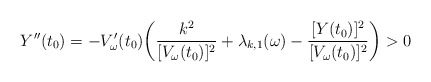
\begin{align*}Y''(t_0)= -V_\omega'(t_0) \bigg( \frac{k^2}{[V_\omega(t_0)]^2}+\lambda_{k,1}(\omega) - \frac{[Y(t_0)]^2}{[V_\omega(t_0)]^2} \bigg) > 0\end{align*}